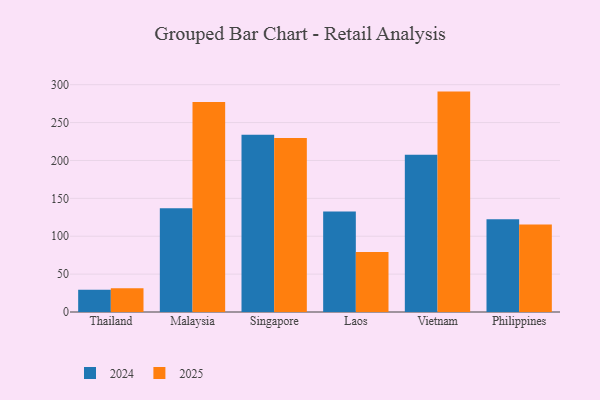
{"axis": {"x": "Country", "y": "Waste Production (Tons)"}, "legend": ["2024", "2025"], "data": [{"x": "Thailand", "y": 29.4, "type": "2024"}, {"x": "Thailand", "y": 31.2, "type": "2025"}, {"x": "Malaysia", "y": 136.8, "type": "2024"}, {"x": "Malaysia", "y": 277.3, "type": "2025"}, {"x": "Singapore", "y": 233.8, "type": "2024"}, {"x": "Singapore", "y": 229.8, "type": "2025"}, {"x": "Laos", "y": 132.8, "type": "2024"}, {"x": "Laos", "y": 79.2, "type": "2025"}, {"x": "Vietnam", "y": 207.5, "type": "2024"}, {"x": "Vietnam", "y": 290.9, "type": "2025"}, {"x": "Philippines", "y": 122.5, "type": "2024"}, {"x": "Philippines", "y": 115.5, "type": "2025"}]}